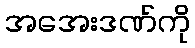
အအေးဒဏ်ကို